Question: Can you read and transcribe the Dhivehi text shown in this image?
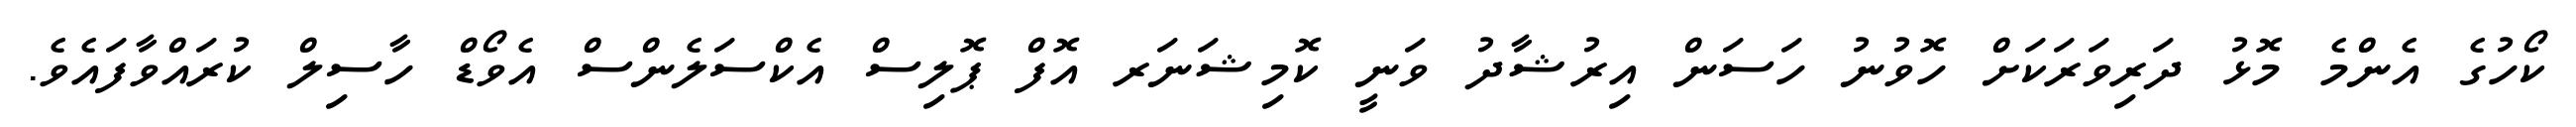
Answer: ކޯހުގެ އެންމެ މޮޅު ދަރިވަރަކަށް ހޮވުނު ހަސަން އިރުޝާދު ވަނީ ކޮމިޝަނަރ އޮފް ޕޮލިސް އެކްސަލެންސް އެވޯޑް ހާސިލް ކުރައްވާފައެވެ.